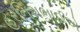
હરનિશભાઈએ